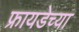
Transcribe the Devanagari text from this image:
फ्रायडेच्या